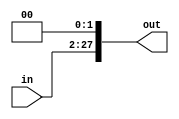
module ShiftLeft26(in, out);

	input [25:0]in;
	output reg [27:0] out;
	
	initial begin
		out <= 28'b0000000000000000000000000000;
	end
	
	always @ (*)
		begin
			out <= in << 2;
		end
	
endmodule